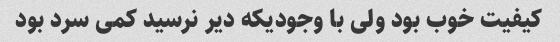
کیفیت خوب بود ولی با وجودیکه دیر نرسید کمی سرد بود